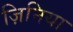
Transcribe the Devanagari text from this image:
ज़िनिया